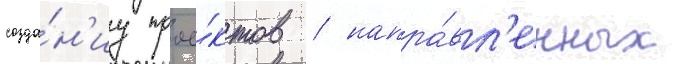
созда́н'иу прое́ктов / напра́вл'енных